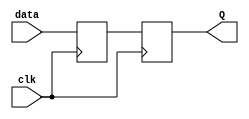
module edge_triggered_latch(
    input data,
    input clk,
    output reg Q
);

reg D1, D2;

always @ (posedge clk) begin
    D1 <= data;
end

always @ (posedge clk) begin
    D2 <= D1;
end

assign Q = D2;

endmodule